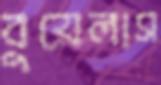
বুয়েলাস